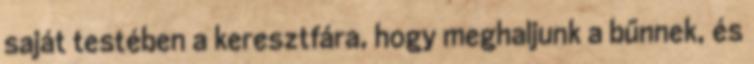
saját testében a keresztfára, hogy meghaljunk a bűnnek, és